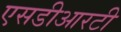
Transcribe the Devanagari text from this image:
एसडीआरटी